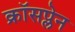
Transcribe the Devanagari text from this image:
क्रॉसप्लेन